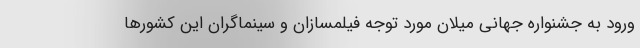
ورود به جشنواره جهانی میلان مورد توجه فیلمسازان و سینماگران این کشورها